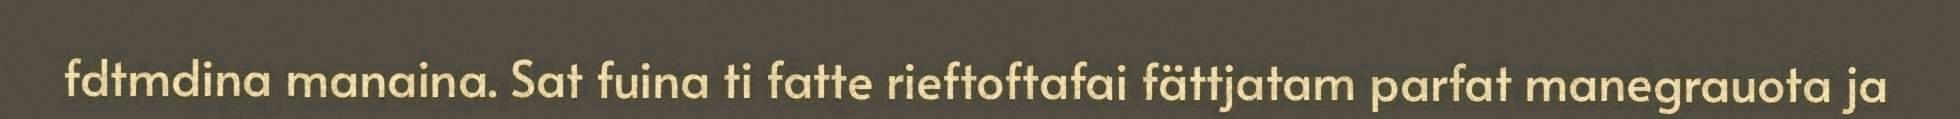
fdtmdina manaina. Sat fuina ti fatte rieftoftafai fättjatam parfat manegrauota ja